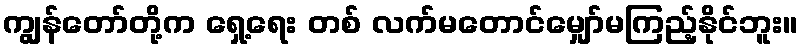
ကျွန်တော်တို့က ရှေ့ရေး တစ် လက်မတောင်မျှော်မကြည့်နိုင်ဘူး။